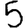
Digit: 5